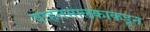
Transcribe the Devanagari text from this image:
वाहनमालकाकडून